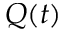
Q ( t )